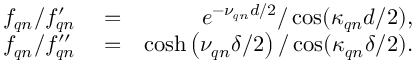
\begin{array} { r l r } { f _ { \boldsymbol { q } n } / f _ { \boldsymbol { q } n } ^ { \prime } } & { { } = } & { e ^ { - \nu _ { \boldsymbol { q } n } d / 2 } / \cos ( \kappa _ { \boldsymbol { q } n } d / 2 ) , } \\ { f _ { \boldsymbol { q } n } / f _ { \boldsymbol { q } n } ^ { \prime \prime } } & { { } = } & { \cosh \left( \nu _ { \boldsymbol { q } n } \delta / 2 \right) / \cos ( \kappa _ { \boldsymbol { q } n } \delta / 2 ) . } \end{array}